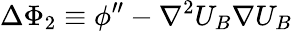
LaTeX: \Delta\Phi_{2}\equiv\phi^{\prime\prime}-\nabla^{2}U_{B}\nabla U_{B}